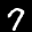
Digit: 7